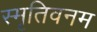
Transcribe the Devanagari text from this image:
स्मृतिवनम